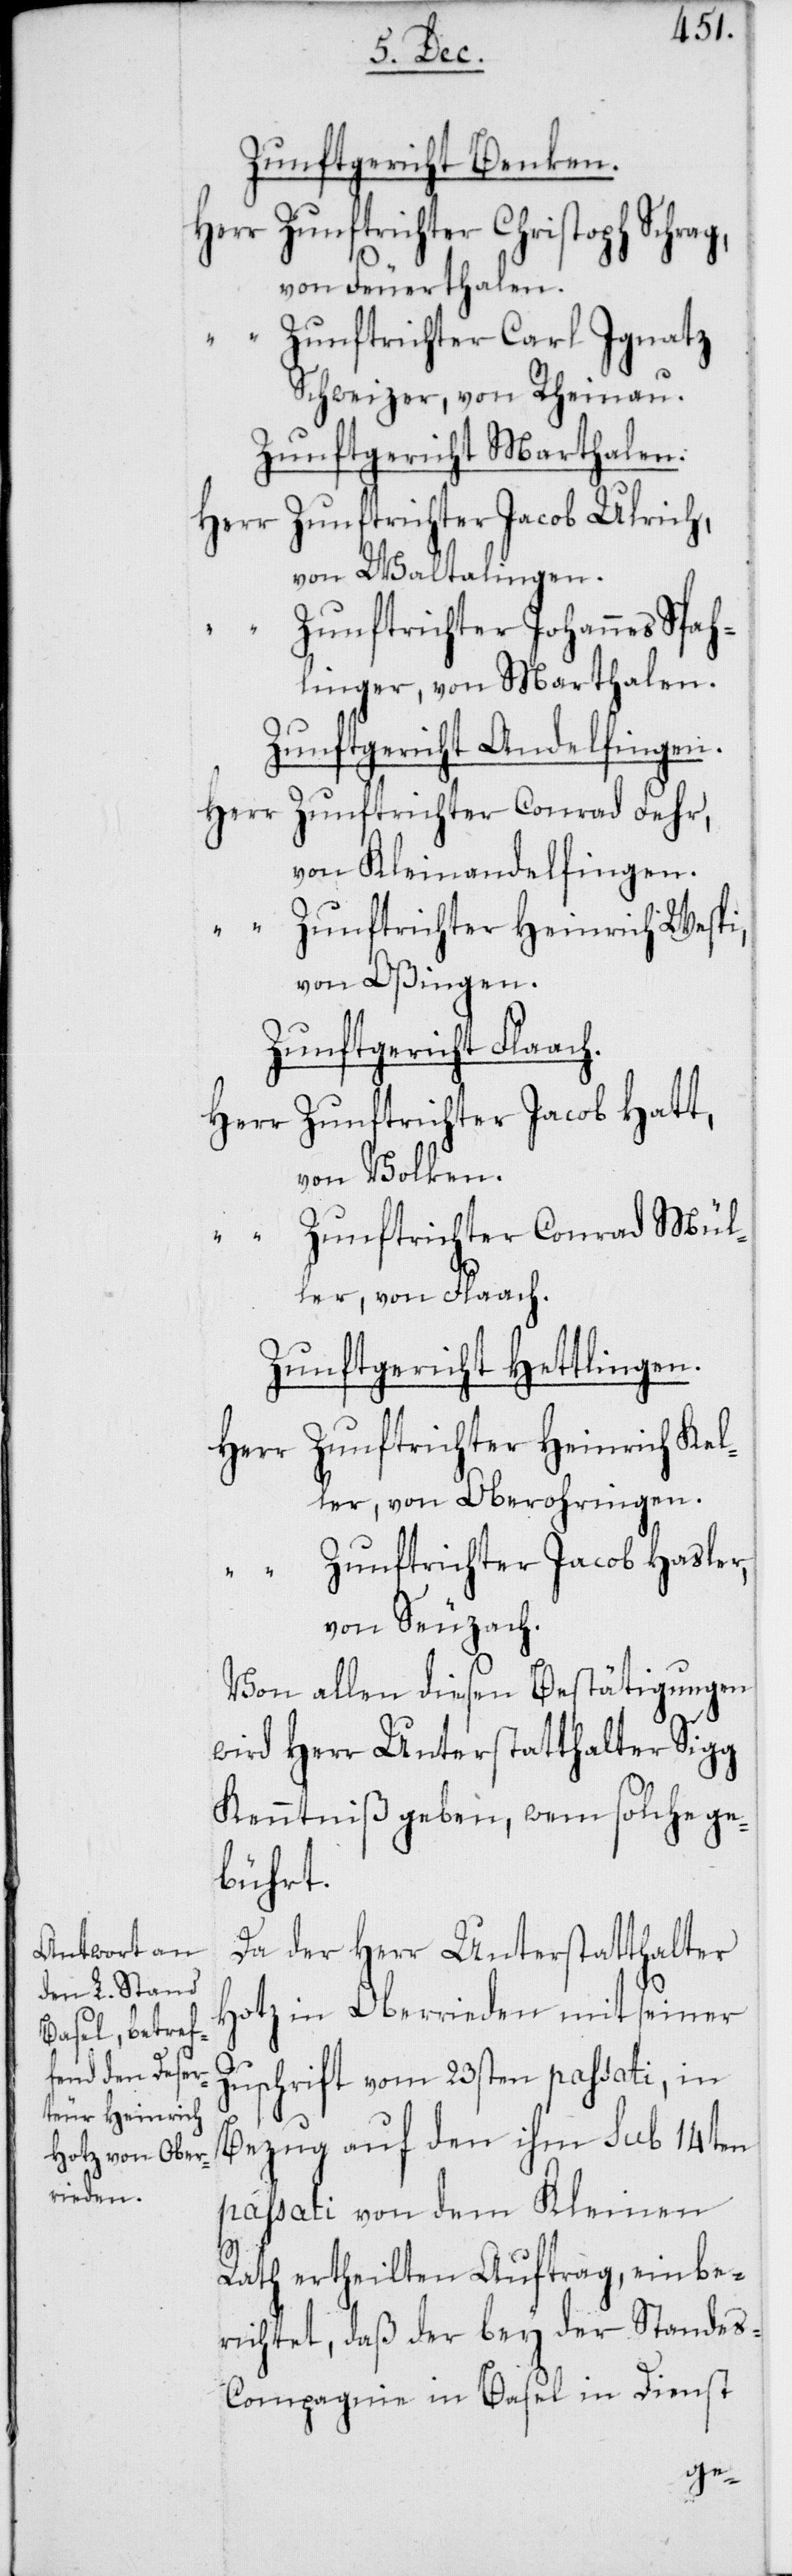
Zunftgericht Benken.
Herr Zunftrichter Christoph
von Feuerthalen.
“ Zunftrichter Carl Ignatz
Schweizer, von Rheinau.
Zunftgericht Marthalen.
Herr Zunftrichter Jacob Ulrich,
von Waltalingen.
“ Zunftrichter Johannes Spah¬
linger, von Marthalen.
Zunftgericht Andelfingen.
Herr Zunftrichter Conrad Fehr,
von Kleinandelfingen.
“ Zunftrichter Heinrich Wespi
von Oßingen.
Zunftgericht Flaach.
Herr Zunftrichter Jacob Hatt,
von Volken.
“ Zunftrichter Conrad Mül¬
ler, von Flaach.
Zunftgericht Hettlingen.
Zunftrichter Heinrich Kel¬
Herr
ler, von Oberohringen.
“ Zunftrichter Jacob Hasler,
von Seuzach.
Von allen diesen Bestätigungen
wird Herr Unterstatthalter Sigg
Kenntniß geben, wem solche ge¬
bührt.
Da der Herr Unterstatthalter
Hotz in Oberrieden mit seiner
Zuschrift vom 23sten passati, in
Bezug auf den ihm sub 14ten
passati von dem Kleinen
Rath ertheilten Auftrag, einbe¬
richtet, daß der bey der Stande¬
s-Compagnie in Basel in Dienst